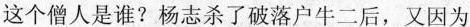
这个僧人是谁?杨志杀了破落户牛二后，又因为